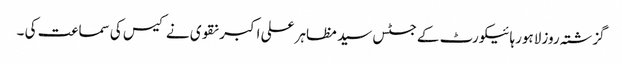
گزشتہ روز لاہورہائیکورٹ کے جسٹس سید مظاہر علی اکبر نقوی نے کیس کی سماعت کی ۔